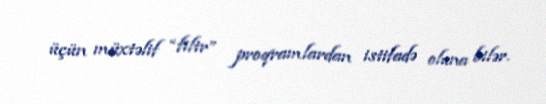
üçün müxtəlif “filtr” proqramlardan istifadə oluna bilər.